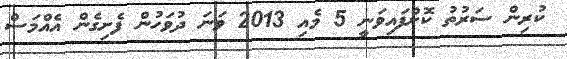
ކުރިން ސަރުތު ކޮށްފައިވަނީ 5 މެއި 2013 ވަނަ ދުވަހުން ފެށިގެން އެއްމަސް